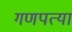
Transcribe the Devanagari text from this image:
गणपत्या